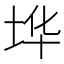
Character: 𰉪